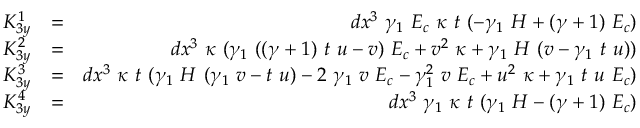
\begin{array} { r l r } { K _ { 3 y } ^ { 1 } } & { = } & { d x ^ { 3 } ~ \gamma _ { 1 } ~ E _ { c } ~ \kappa ~ t ~ ( - \gamma _ { 1 } ~ H + ( \gamma + 1 ) ~ E _ { c } ) } \\ { K _ { 3 y } ^ { 2 } } & { = } & { d x ^ { 3 } ~ \kappa ~ ( \gamma _ { 1 } ~ ( ( \gamma + 1 ) ~ t ~ u - v ) ~ E _ { c } + v ^ { 2 } ~ \kappa + \gamma _ { 1 } ~ H ~ ( v - \gamma _ { 1 } ~ t ~ u ) ) } \\ { K _ { 3 y } ^ { 3 } } & { = } & { d x ^ { 3 } ~ \kappa ~ t ~ ( \gamma _ { 1 } ~ H ~ ( \gamma _ { 1 } ~ v - t ~ u ) - 2 ~ \gamma _ { 1 } ~ v ~ E _ { c } - \gamma _ { 1 } ^ { 2 } ~ v ~ E _ { c } + u ^ { 2 } ~ \kappa + \gamma _ { 1 } ~ t ~ u ~ E _ { c } ) } \\ { K _ { 3 y } ^ { 4 } } & { = } & { d x ^ { 3 } ~ \gamma _ { 1 } ~ \kappa ~ t ~ ( \gamma _ { 1 } ~ H - ( \gamma + 1 ) ~ E _ { c } ) } \end{array}